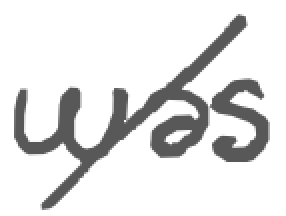
Text: was
Cross-out: diagonal
Writing tool: digital_gray